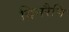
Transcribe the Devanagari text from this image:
दिनरैणि